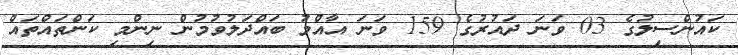
ކައުންސިލުގެ 03 ވަނަ ދައުރުގެ 159 ވަނަ އާއްމު ބައްދަލުވުމުން ނިންމި ކަންތައްތައް